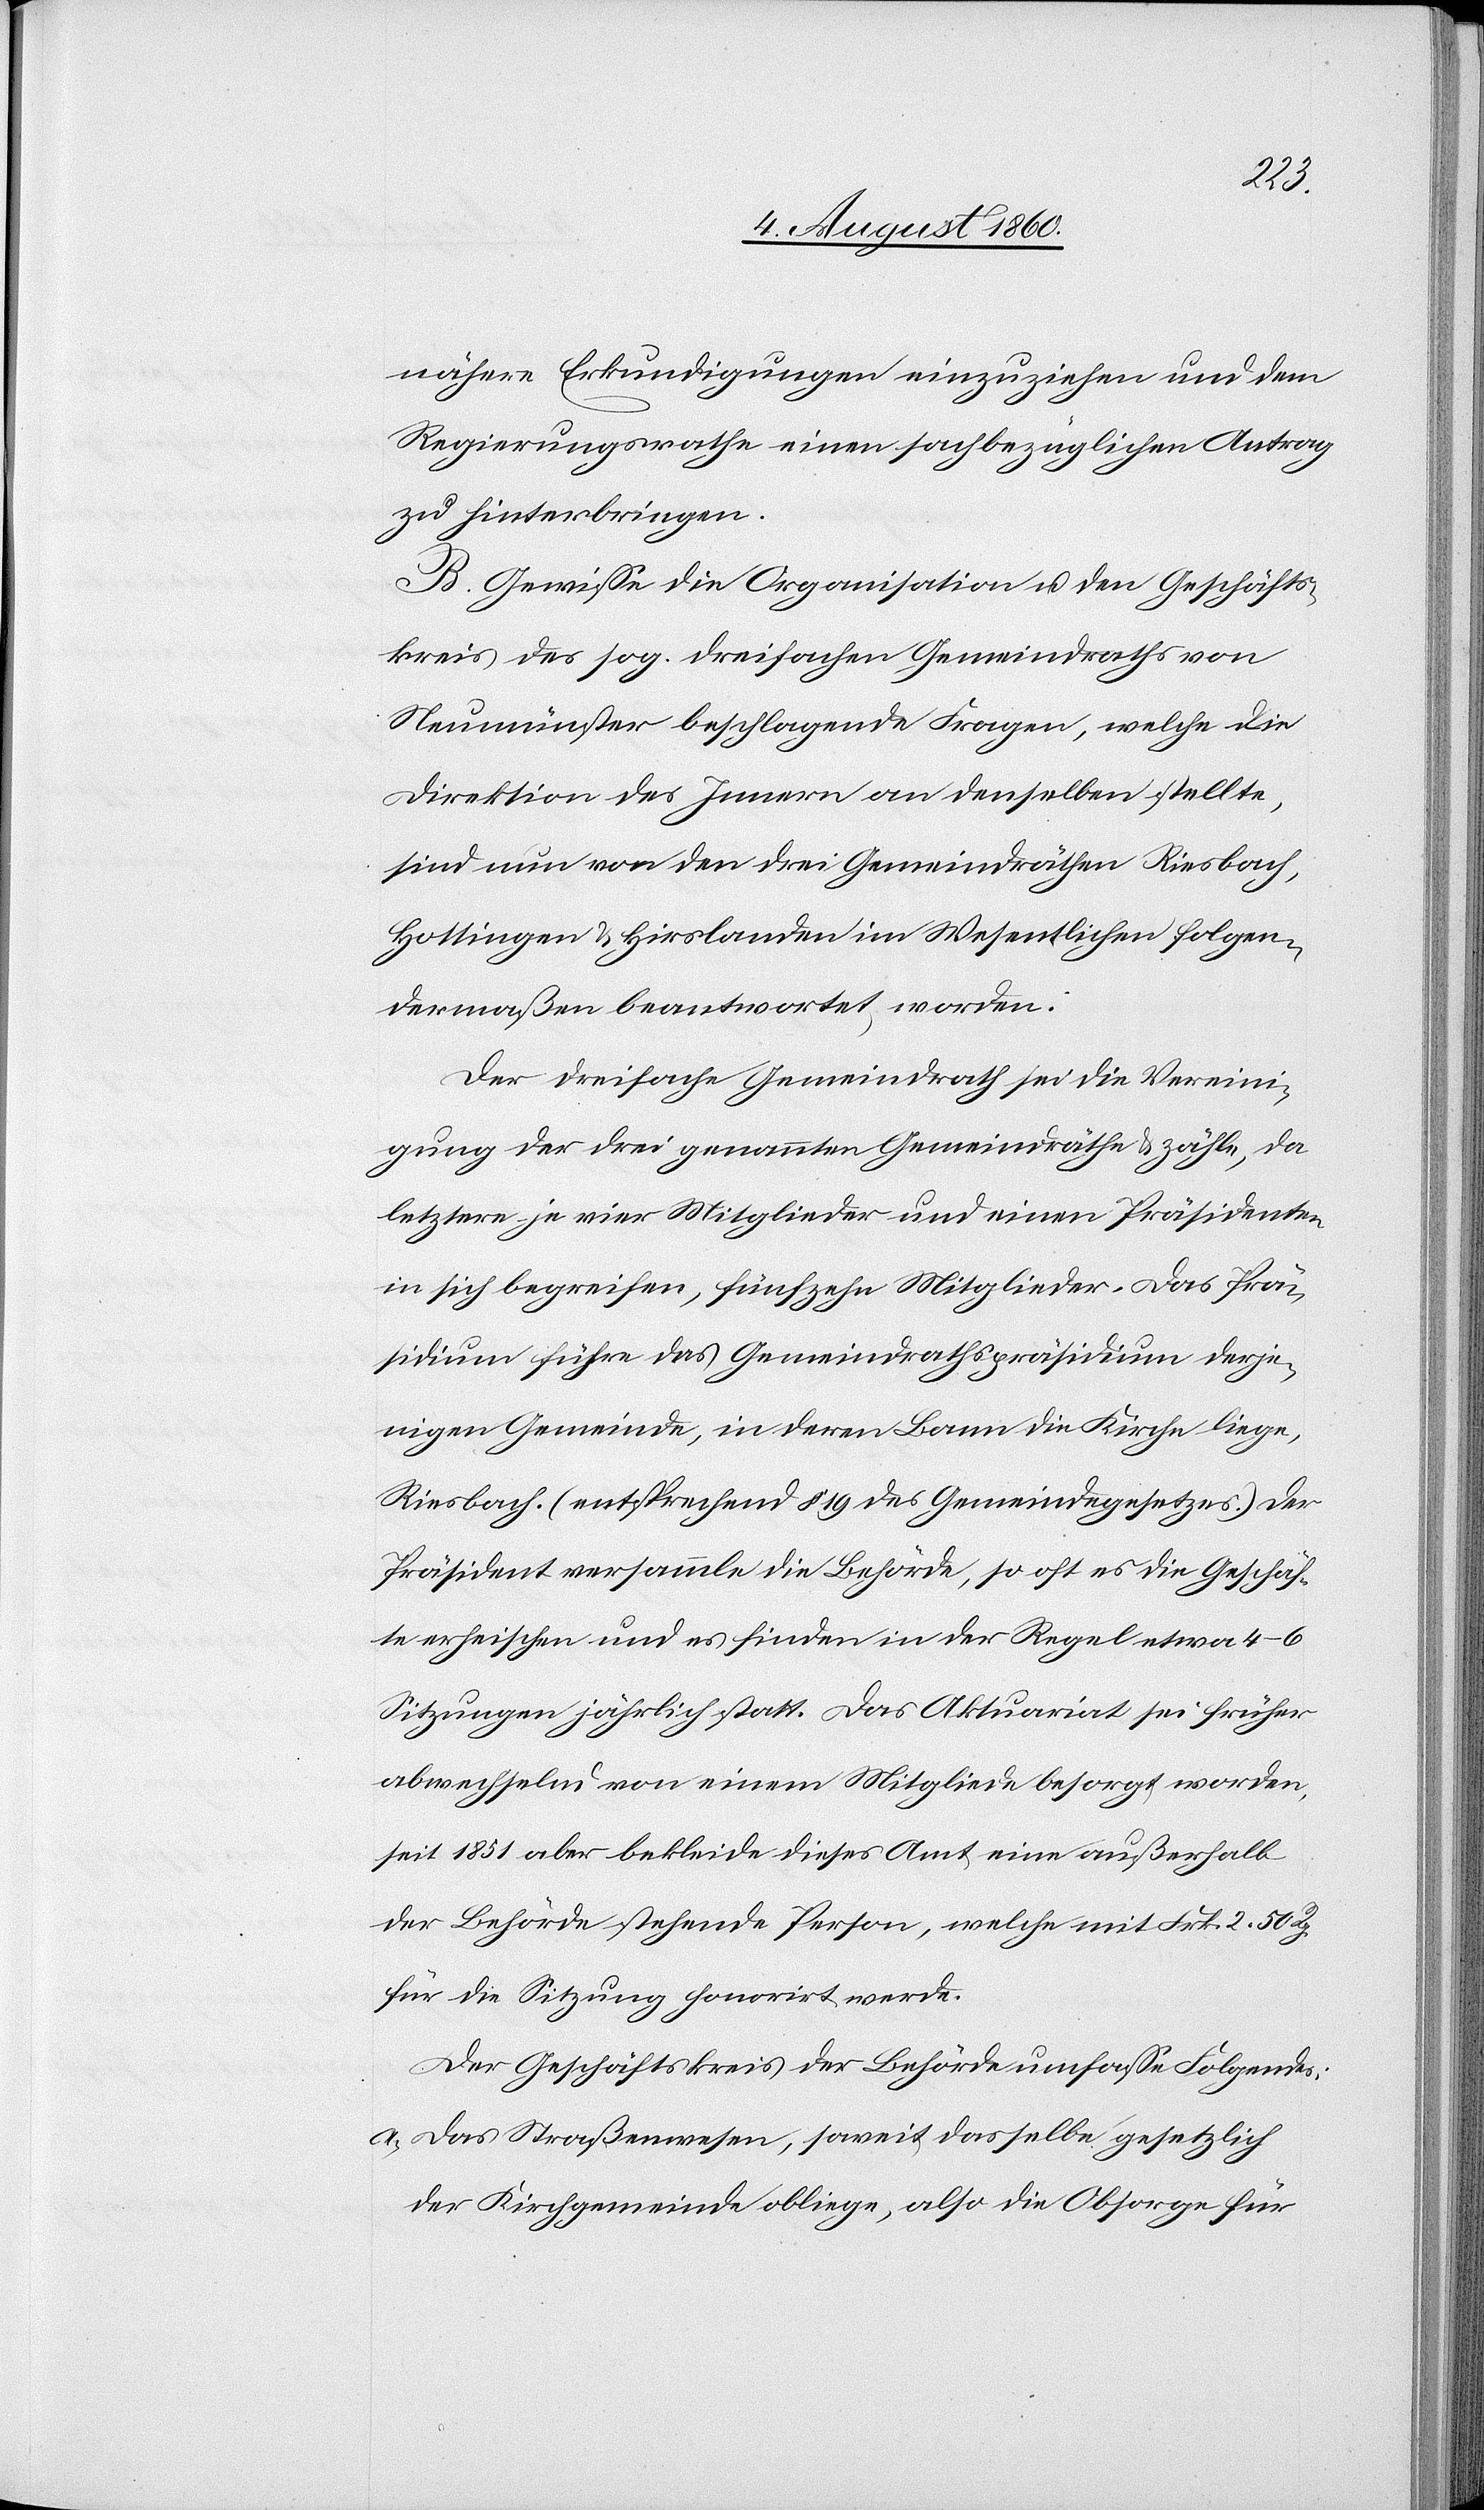
nähere Erkundigungen einzuziehen und dem
Regierungsrathe einen sachbezüglichen Antrag
zu hinterbringen.
B. Gewisse die Organisation und den Geschäfts¬
kreis des s. g. dreifachen Gemeindrathes von
Neumünster beschlagende Fragen, welche die
Direktion des Innern an denselben stellte,
sind nun von den drei Gemeinderäthen Riesbach,
Hottingen u. Hirslanden im Wesentlichen folgen¬
dermassen beantwortet worden.
Der dreifache Gemeindrath sei die Vereini¬
gung der drei genannten Gemeindräthe u. zähle, da
letztere je vier Mitglieder und einen Präsidenten
in sich begreifen, fünfzehn Mitglieder. Das Prä¬
sidium führe der Gemeindrathspräsident derje¬
nigen Gemeinde, in deren Bann die Kirche liege,
Riesbach (entsprechend §. 19. des Gemeindegesetzes). Der
Präsident versammle die Behörde, so oft es die Geschäf¬
te erheischen und es finden in der Regel etwa 4–6
Sitzungen jährlich statt. Das Aktuariat sei früher
abwechselnd von einem Mitgliede besorgt worden,
seit 1851 aber bekleide dieses Amt eine ausserhalb
der Behröde stehende Person, welche mit Frk. 2. 50. Rp.
für die Sitzung honorirt werde.
Der Geschäftskreis der Behörde umfasse Folgendes:
a. das Strassenwesen, soweit dasselbe gesetzlich
der Kirchgemeinde obliege, also die Obsorge für